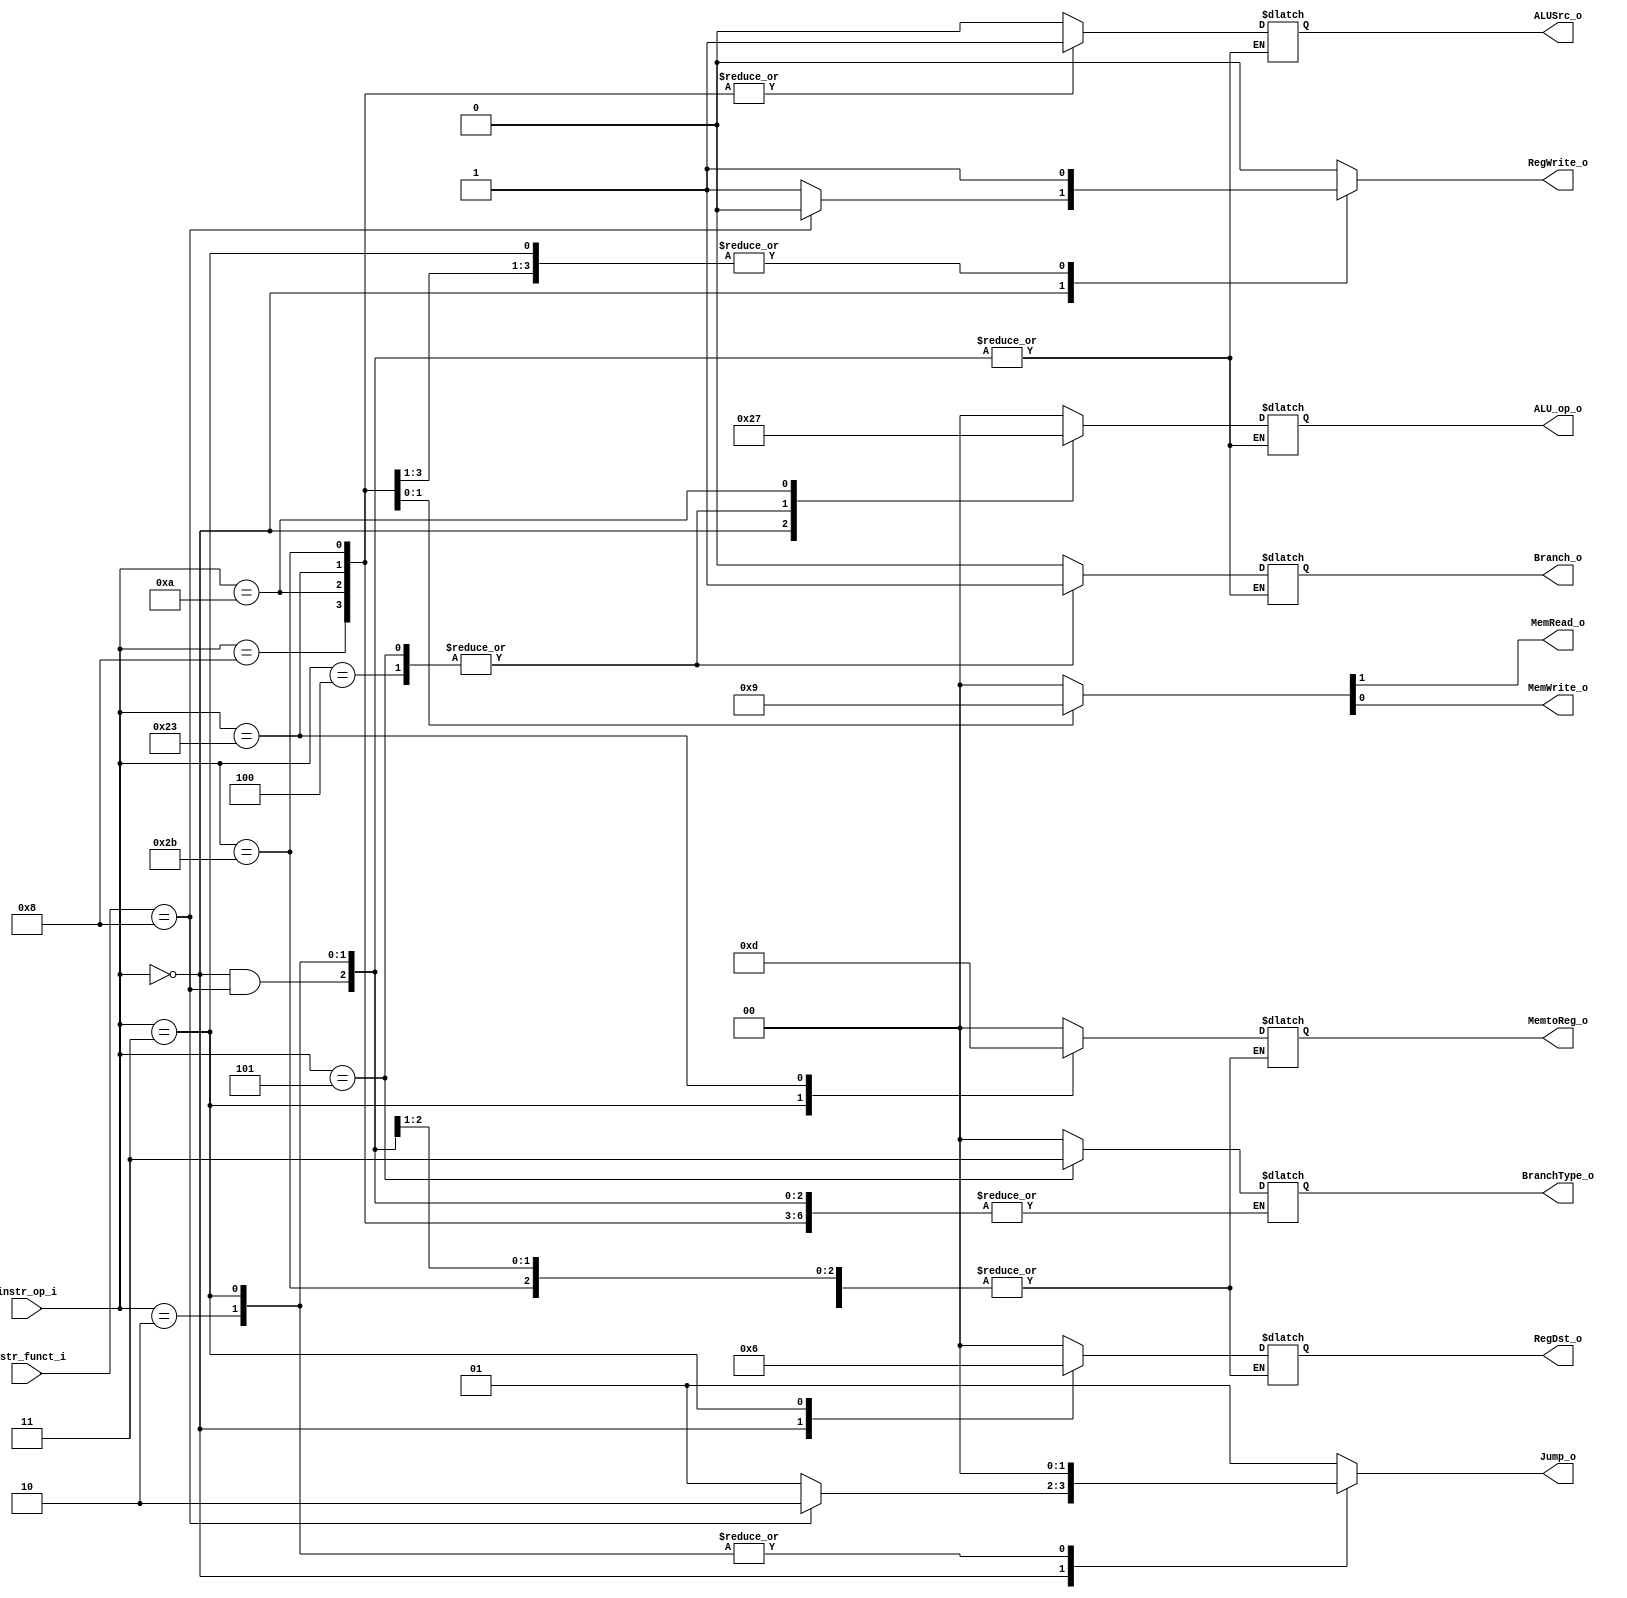
//Subject:     CO project 3 - Decoder
//--------------------------------------------------------------------------------
//Version:     1
//--------------------------------------------------------------------------------
//Writer:       110550093
//----------------------------------------------
//Date:        
//----------------------------------------------
//Description: 
//--------------------------------------------------------------------------------

module Decoder(
    instr_op_i,
	instr_funct_i,
	Branch_o,
	MemtoReg_o,
	BranchType_o,
	Jump_o,
	MemRead_o,
	MemWrite_o,
	ALU_op_o,
	ALUSrc_o,
	RegWrite_o,
	RegDst_o
);

//I/O ports
input  [6-1:0] instr_op_i, instr_funct_i;

output         Branch_o, MemRead_o, MemWrite_o, ALUSrc_o, RegWrite_o;
output [2-1:0] MemtoReg_o, BranchType_o, Jump_o, ALU_op_o, RegDst_o;

//Internal Signals
reg            Branch_o, MemRead_o, MemWrite_o, ALUSrc_o, RegWrite_o;
reg    [2-1:0] MemtoReg_o, BranchType_o, Jump_o, ALU_op_o, RegDst_o;

//Parameter

//Main function
always @(*) begin
	case(instr_op_i)
		//R-format
		6'd0: begin
			if(instr_funct_i==6'd8) begin //jr
				RegWrite_o <= 1'b0; //ALUSrc, Branch => x ; ALU_op, RegDst => xx
				{Jump_o, MemRead_o, MemWrite_o} <= 4'b1000; //MemtoReg, BranchType => xx
			end
			else begin //and, or, add, sub, slt
				{RegWrite_o, ALU_op_o, ALUSrc_o, RegDst_o, Branch_o} <= 7'b1100010;
				{Jump_o, MemtoReg_o, MemRead_o, MemWrite_o, BranchType_o} <= 8'b01000000;
			end
		end
		//jump
		6'd2: begin
			RegWrite_o <= 1'b0; //ALUSrc, Branch => x ; ALU_op, RegDst => xx
			{Jump_o, MemRead_o, MemWrite_o} <= 4'b0000; //MemtoReg, BranchType => xx
		end
		//jal
		6'd3: begin
			{RegWrite_o, RegDst_o} <= 3'b110; //ALUSrc, Branch => x ; ALUop => xx
			{Jump_o, MemtoReg_o, MemRead_o, MemWrite_o} <= 6'b001100; //BranchType => xx
		end
		//beq
		6'd4: begin
			{RegWrite_o, ALU_op_o, ALUSrc_o, Branch_o} <= 5'b00101; //RegDst => xx
			{Jump_o, MemRead_o, MemWrite_o, BranchType_o} <= 6'b010000; //MemtoReg => xx
		end
		//bne
		6'd5: begin
			{RegWrite_o, ALU_op_o, ALUSrc_o, Branch_o} <= 5'b00101; //RegDst => xx
			{Jump_o, MemRead_o, MemWrite_o, BranchType_o} <= 6'b010011; //MemtoReg => xx
		end
		//addi
		6'd8: begin
			{RegWrite_o, ALU_op_o, ALUSrc_o, RegDst_o, Branch_o} <= 7'b1001000;
			{Jump_o, MemtoReg_o, MemRead_o, MemWrite_o} <= 6'b010000; //BranchType => xx
		end
		//slti
		6'd10: begin
			{RegWrite_o, ALU_op_o, ALUSrc_o, RegDst_o, Branch_o} <= 7'b1111000;
			{Jump_o, MemtoReg_o, MemRead_o, MemWrite_o} <= 6'b010000; //BranchType => xx
		end
		//lw
		6'd35: begin
			{RegWrite_o, ALU_op_o, ALUSrc_o, RegDst_o, Branch_o} <= 7'b1001000;
			{Jump_o, MemtoReg_o, MemRead_o, MemWrite_o} <= 6'b010110; //BranchType => xx
		end
		//sw
		6'd43: begin
			{RegWrite_o, ALU_op_o, ALUSrc_o, Branch_o} <= 5'b00010; //RegDst => xx
			{Jump_o, MemRead_o, MemWrite_o} <= 4'b0101; //MemtoReg, BranchType => xx
		end
		default: begin
			{RegWrite_o, ALU_op_o, ALUSrc_o, RegDst_o, Branch_o} <= 7'b0000000;
			{Jump_o, MemtoReg_o, MemRead_o, MemWrite_o, BranchType_o} <= 8'b01000000;
		end
	endcase
end

endmodule